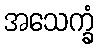
အသေက္ခံ